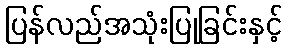
ပြန်လည်အသုံးပြုခြင်းနှင့်